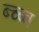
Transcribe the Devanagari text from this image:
ब्च्ब्व